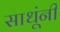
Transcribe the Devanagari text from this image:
साधूंनीं